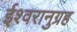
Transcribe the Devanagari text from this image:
ईश्वरानुग्रह